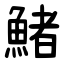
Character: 鯺